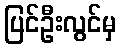
ပြင်ဦးလွင်မှ